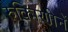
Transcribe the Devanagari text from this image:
रुक्मिणीनें